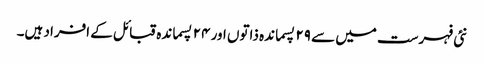
نئی فہرست میں سے ۲۹ پسماندہ ذاتوں اور ۲۴ پسماندہ قبائل کے افراد ہیں۔